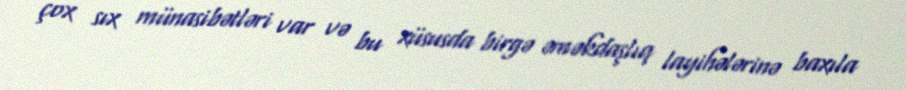
çox sıx münasibətləri var və bu xüsusda birgə əməkdaşlıq layihələrinə baxıla